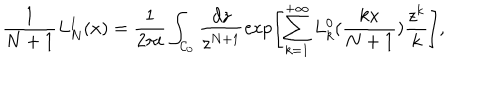
\frac { 1 } { N + 1 } { L _ { N } ^ { 1 } } ( x ) = \frac { 1 } { 2 \pi i } \int _ { { \cal C } _ { 0 } } \frac { d z } { z ^ { N + 1 } } \exp \Biggl [ \sum _ { k = 1 } ^ { + \infty } L _ { k } ^ { 0 } ( \frac { k x } { N + 1 } ) \frac { z ^ { k } } { k } \Biggr ] ,